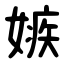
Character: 嫉